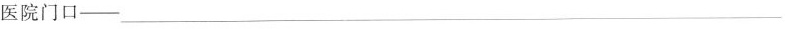
医院门口——___